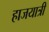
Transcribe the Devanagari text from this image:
हाजयात्री